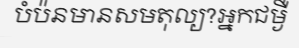
បំប៉នមានសមតុល្យ?អ្នកជម្ងឺ